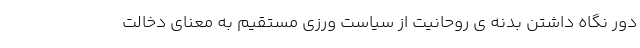
دور نگاه داشتن بدنه ی روحانیت از سیاست ورزی مستقیم به معنای دخالت